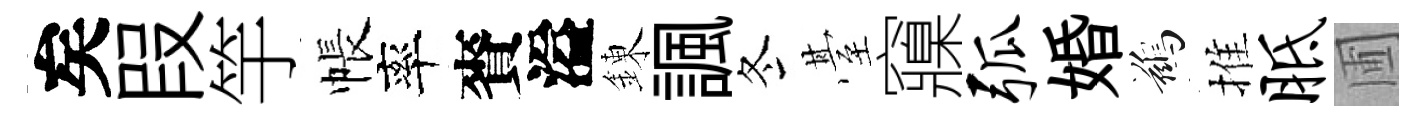
矣叚竽帳率賚溢錬諷冬䑓䆿弧婚鷀推胝圃